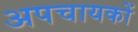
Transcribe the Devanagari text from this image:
अपचायकों